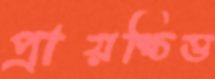
প্রায়শ্চিত্ত